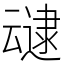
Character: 叇